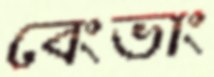
বেংভাং